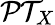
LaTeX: {\mathcal{PT}}_{X}